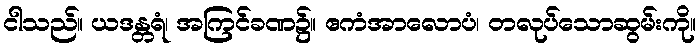
ငါသည်။ ယဒန္တရံ၊ အကြင်ခဏ၌။ ဧကံအာလောပံ၊ တလုပ်သောဆွမ်းကို။